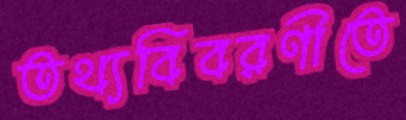
তথ্যবিবরণীতে